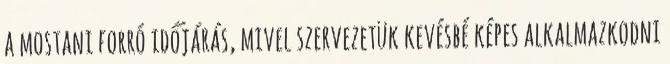
a mostani forró időjárás, mivel szervezetük kevésbé képes alkalmazkodni